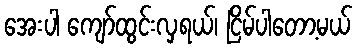
အေးပါ ကျော်ထွင်းလှရယ်၊ ငြိမ်ပါတော့မယ်